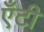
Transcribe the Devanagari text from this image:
एँटी